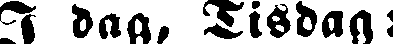
I dag, Tisdag: